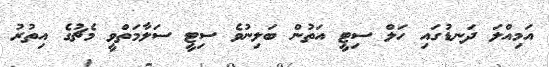
އަމިއްލަ ދަނޑުގައި ހަލް ސިޓީ އަތުން ބަލިނުވެ ސިޓީ ސަލާމަތްވީ މެޗުގެ އިތުރު